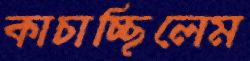
কাচাচ্ছিলেম